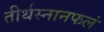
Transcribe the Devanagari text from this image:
तीर्थस्नानफलं